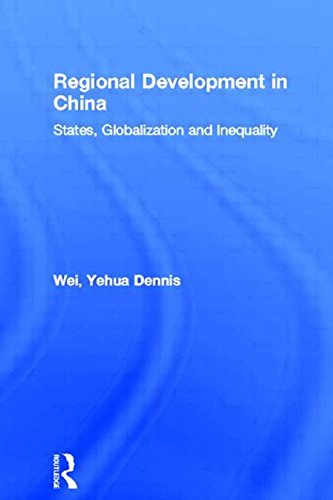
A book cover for Regional Development in China: States, Globalization and Inequality (Routledge Studies on China in Transition); Yehua Dennis Wei; Business & Money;